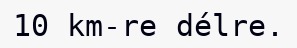
10 km-re délre.